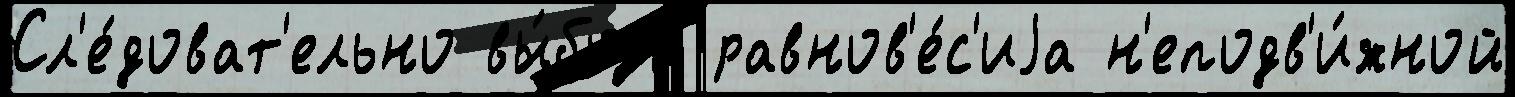
Сл'е́доват'ельно вы́бора равнов'е́с'иjа н'еподв'и́жной